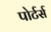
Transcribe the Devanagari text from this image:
पोर्टर्स